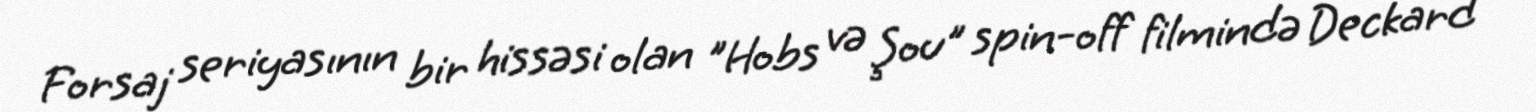
Forsaj seriyasının bir hissəsi olan "Hobs və Şou" spin-off filmində Deckard